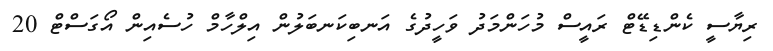
ރިޔާސީ ކެންޑިޑޭޓް ރައީސް މުހަންމަދު ވަހީދުގެ އަނބިކަނބަލުން އިލްހާމް ހުސެއިން އޯގަސްޓް 20